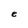
Character: e